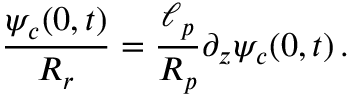
\frac { \psi _ { c } ( 0 , t ) } { R _ { r } } = \frac { \ell _ { p } } { R _ { p } } \partial _ { z } \psi _ { c } ( 0 , t ) \, .